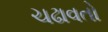
ચઢાવતો